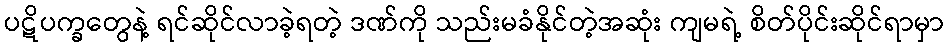
ပဋိပက္ခတွေနဲ့ ရင်ဆိုင်လာခဲ့ရတဲ့ ဒဏ်ကို သည်းမခံနိုင်တဲ့အဆုံး ကျမရဲ့ စိတ်ပိုင်းဆိုင်ရာမှာ